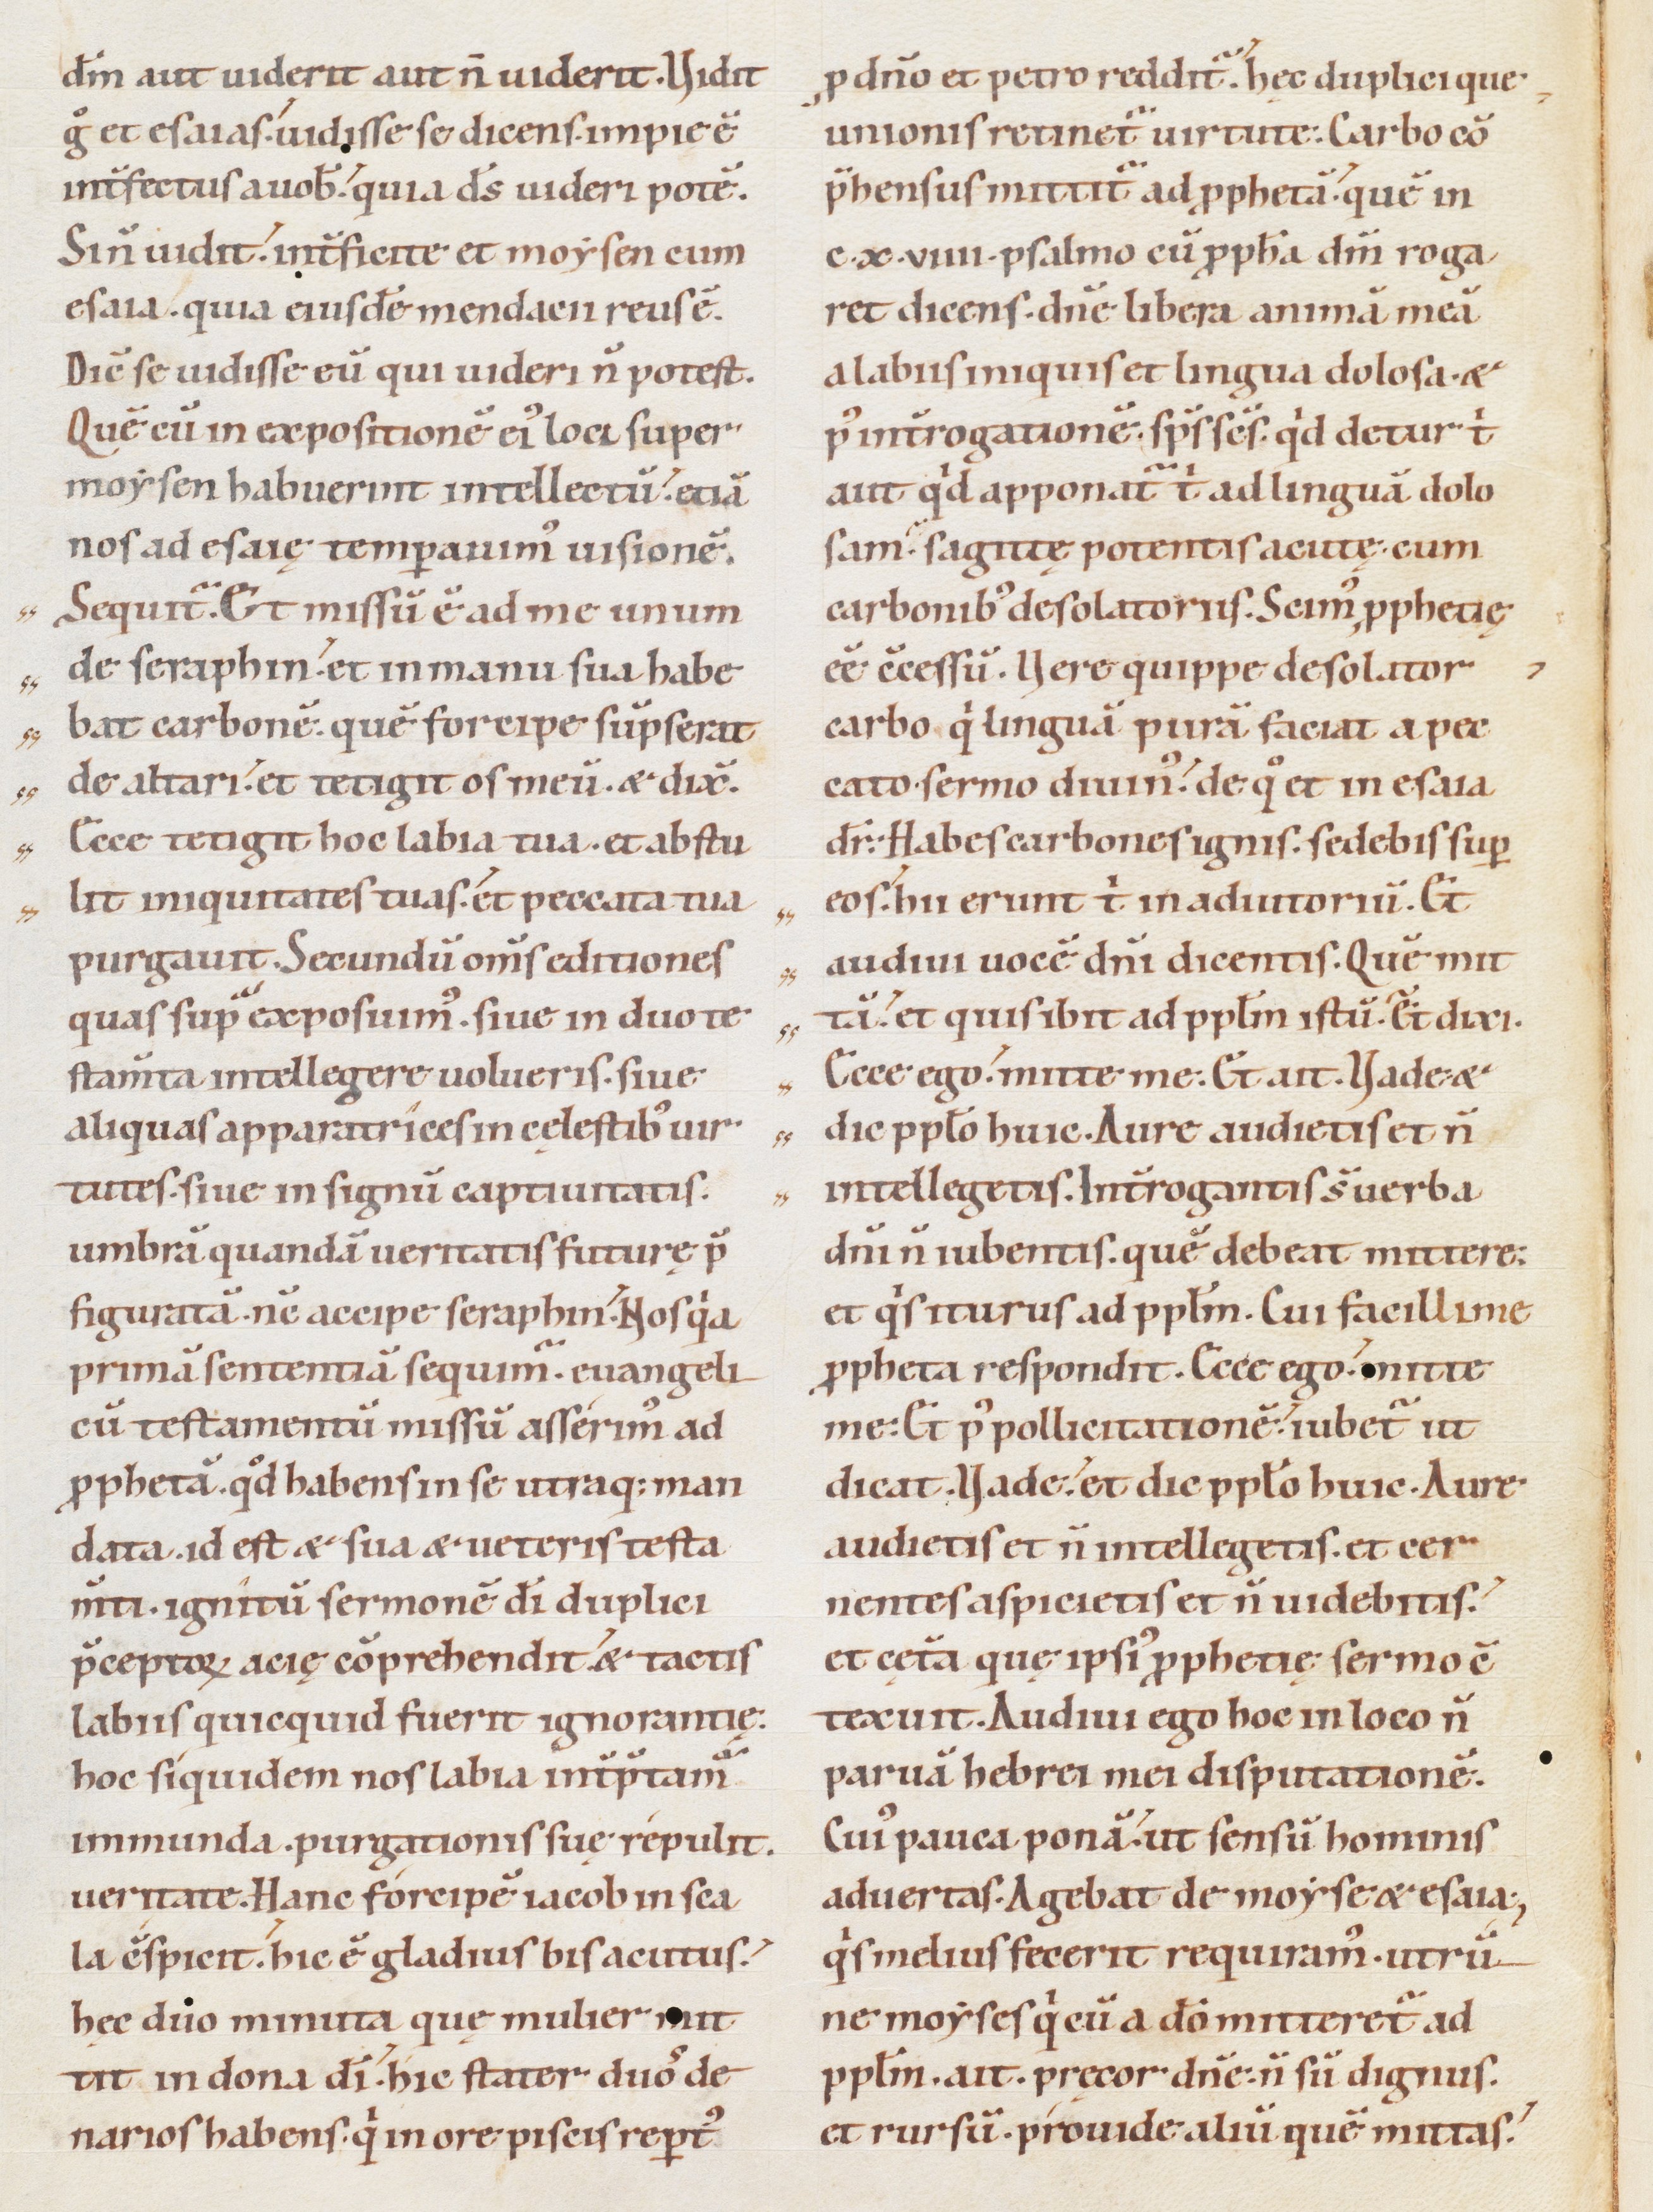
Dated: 1085–1115